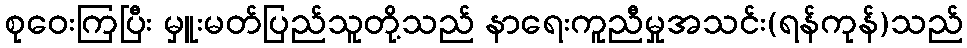
စုဝေးကြပြီး မှူးမတ်ပြည်သူတို့သည် နာရေးကူညီမှုအသင်း(ရန်ကုန်)သည်